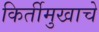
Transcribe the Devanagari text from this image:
किर्तीमुखाचे